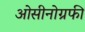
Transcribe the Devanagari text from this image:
ओसीनोग्रफी